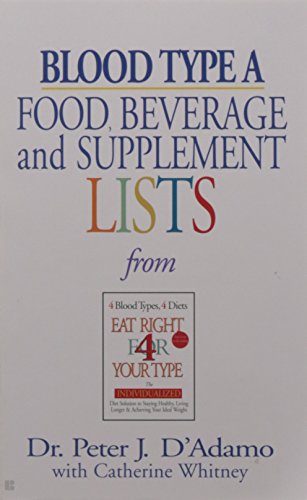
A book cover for Blood Type a  Food, Beverage and Supplemental Lists; Health, Fitness & Dieting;